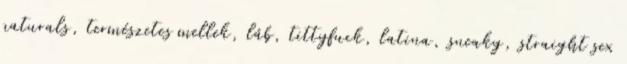
naturals, természetes mellek, láb, tittyfuck, latina, sneaky, straight sex